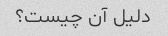
دلیل آن چیست؟